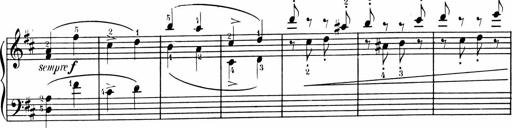
Title: 1Ã¨re Sonatine
Composer: FrÃ©dÃ©ric Binet